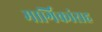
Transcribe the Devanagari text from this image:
मार्गिकांसह